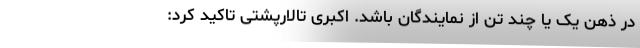
در ذهن یک یا چند تن از نمایندگان باشد. اکبری تالارپشتی تاکید کرد:‌